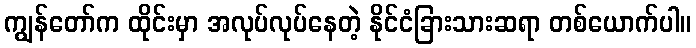
ကျွန်တော်က ထိုင်းမှာ အလုပ်လုပ်နေတဲ့ နိုင်ငံခြားသားဆရာ တစ်ယောက်ပါ။